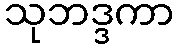
သုဘဒ္ဒကာ